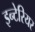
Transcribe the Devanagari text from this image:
इन्टेरियर